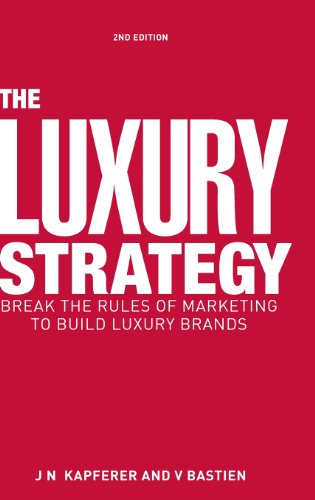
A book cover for The Luxury Strategy: Break the Rules of Marketing to Build Luxury Brands; Jean-NoÃ«l Kapferer; Business & Money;